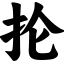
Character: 抡